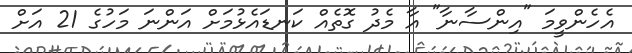
އެހެންވީމަ "އިންސާނާ" އާ މެދު ގޮތެއް ކަނޑައެޅުމަށް އަންނަ މަހުގެ 21 އަށް